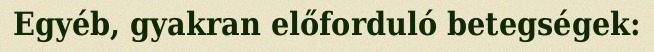
Egyéb, gyakran előforduló betegségek: